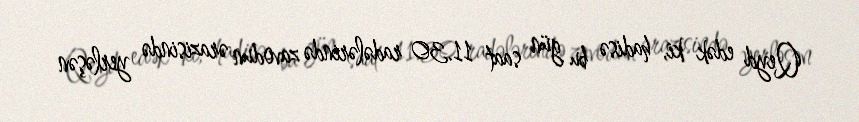
Qeyd edək ki, hadisə bu gün saat 11.30 radələrində zavodun ərazisində yerləşən